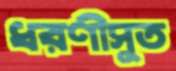
ধরণীসুত